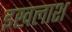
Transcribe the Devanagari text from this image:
इखलाश